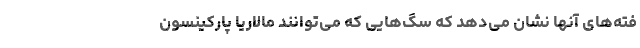
فته‌های آنها نشان می‌دهد که سگ‌هایی که می‌توانند مالاریا پارکینسون